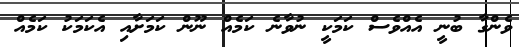
ވެންގާ ބުނީ އެއްވެސް ކަމަކީ ނުވާނެ ކަމެއް ނޫން ކަމަށާއި އެކަމަކު ކަމެއް